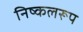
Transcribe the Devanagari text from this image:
निष्कलरूप